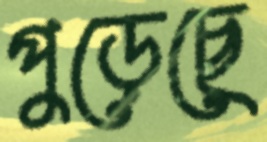
পুড়েছে